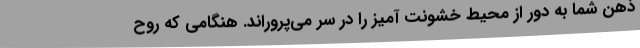
ذهن شما به دور از محیط خشونت آمیز را در سر می‌پروراند. هنگامی که روح